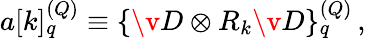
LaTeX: a[k]_{q}^{(Q)}\equiv\{ \v{D}\otimes{R_{k}}\v{D}\} _{q}^{(Q)}\, ,